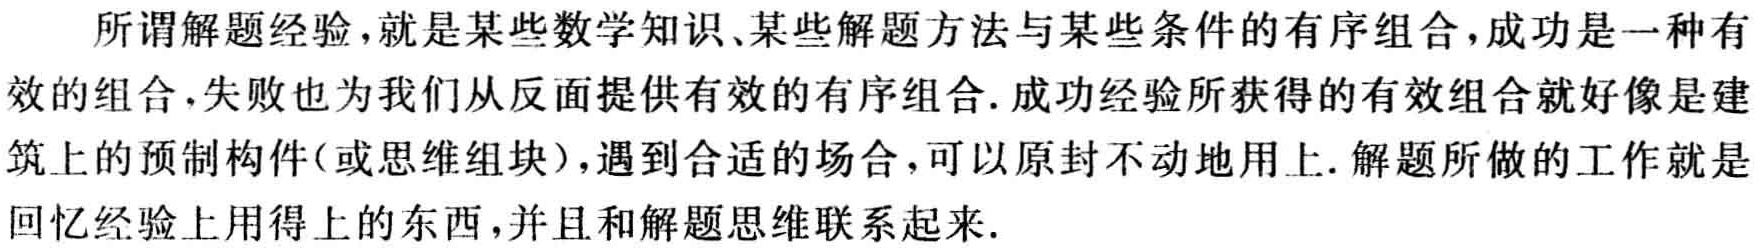
所谓解题经验，就是某些数学知识、某些解题方法与某些条件的有序组合，成功是一种有效的组合，失败也为我们从反面提供有效的有序组合. 成功经验所获得的有效组合就好像是建筑上的预制构件(或思维组块)，遇到合适的场合，可以原封不动地用上. 解题所做的工作就是回忆经验上用得上的东西，并且和解题思维联系起来.